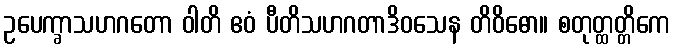
ဥပေက္ခာသဟဂတော ဝါတိ ဧဝံ ပီတိသဟဂတာဒိဝသေန တိဝိဓော။ စတုတ္ထတ္တိကေ